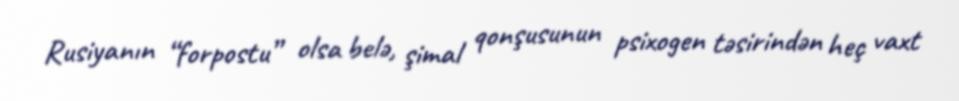
Rusiyanın “forpostu” olsa belə, şimal qonşusunun psixogen təsirindən heç vaxt